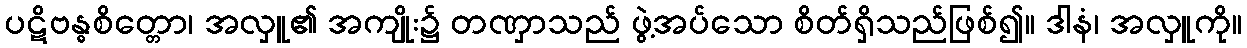
ပဋိဗန္ဓစိတ္တော၊ အလှူ၏ အကျိုး၌ တဏှာသည် ဖွဲ့အပ်သော စိတ်ရှိသည်ဖြစ်၍။ ဒါနံ၊ အလှူကို။